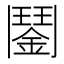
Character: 𩰔